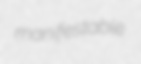
manifestable